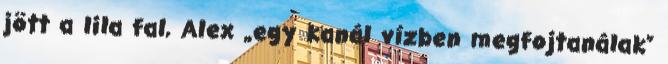
jött a lila fal, Alex „egy kanál vízben megfojtanálak”